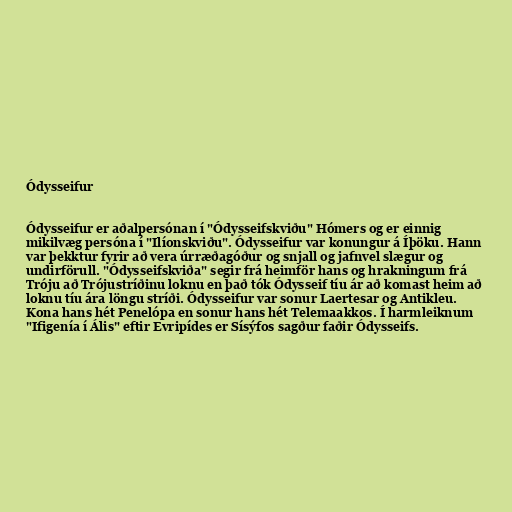
Ódysseifur

Ódysseifur er aðalpersónan í "Ódysseifskviðu" Hómers og er einnig
mikilvæg persóna í "Ilíonskviðu". Ódysseifur var konungur á Íþöku. Hann
var þekktur fyrir að vera úrræðagóður og snjall og jafnvel slægur og
undirförull. "Ódysseifskviða" segir frá heimför hans og hrakningum frá
Tróju að Trójustríðinu loknu en það tók Ódysseif tíu ár að komast heim að
loknu tíu ára löngu stríði. Ódysseifur var sonur Laertesar og Antikleu.
Kona hans hét Penelópa en sonur hans hét Telemaakkos. Í harmleiknum
"Ifigenía í Ális" eftir Evripídes er Sísýfos sagður faðir Ódysseifs.